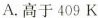
A. 高于409K